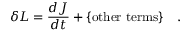
\delta L = \frac { d J } { d t } + \mathrm { \{ o t h e r ~ t e r m s \} } \quad .